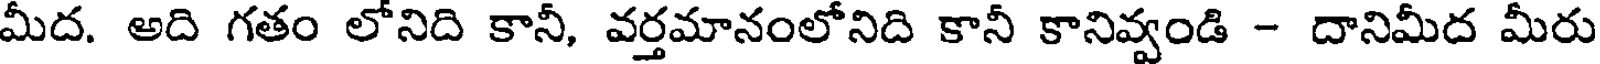
మీద. అది గతం లోనిది కానీ, వర్తమానంలోనిది కానీ కానివ్వండి - దానిమీద మీరు